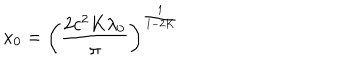
x _ { 0 } = \left( \frac { 2 c ^ { 2 } K \lambda _ { 0 } } { \pi } \right) ^ { \frac { 1 } { 1 - 2 K } }